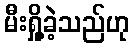
မီးရှို့ခဲ့သည်ဟု